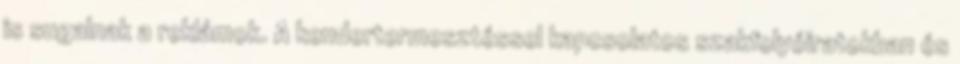
is sugalnak a reklámok. A kendertermesztéssel kapcsolatos szakfolyóiratokban és